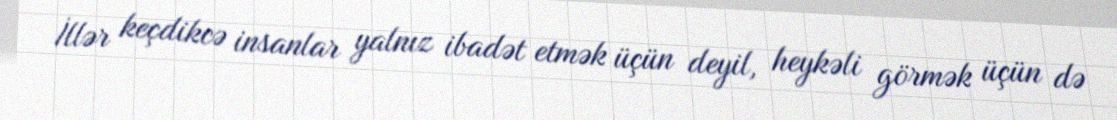
İllər keçdikcə insanlar yalnız ibadət etmək üçün deyil, heykəli görmək üçün də